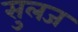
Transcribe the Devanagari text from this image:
सुलज